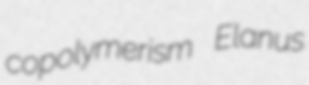
copolymerism Elanus